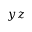
y z